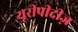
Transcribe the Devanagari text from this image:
यूरीपीदीज़